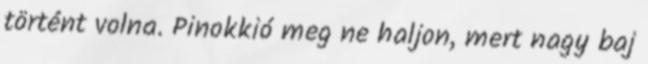
történt volna. Pinokkió meg ne haljon, mert nagy baj